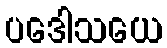
ပဒေါသယေ